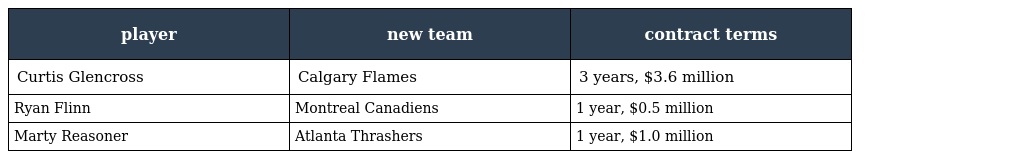
| player | new team | contract terms |
 | --- | --- | --- |
 | Curtis Glencross | Calgary Flames | 3 years, $3.6 million |
 | Ryan Flinn | Montreal Canadiens | 1 year, $0.5 million |
 | Marty Reasoner | Atlanta Thrashers | 1 year, $1.0 million |